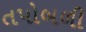
તપોબળી